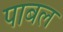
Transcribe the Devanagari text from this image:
पाबल